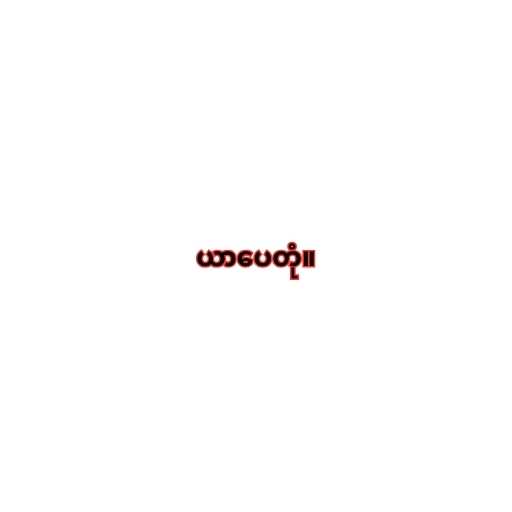
ယာပေတုံ။